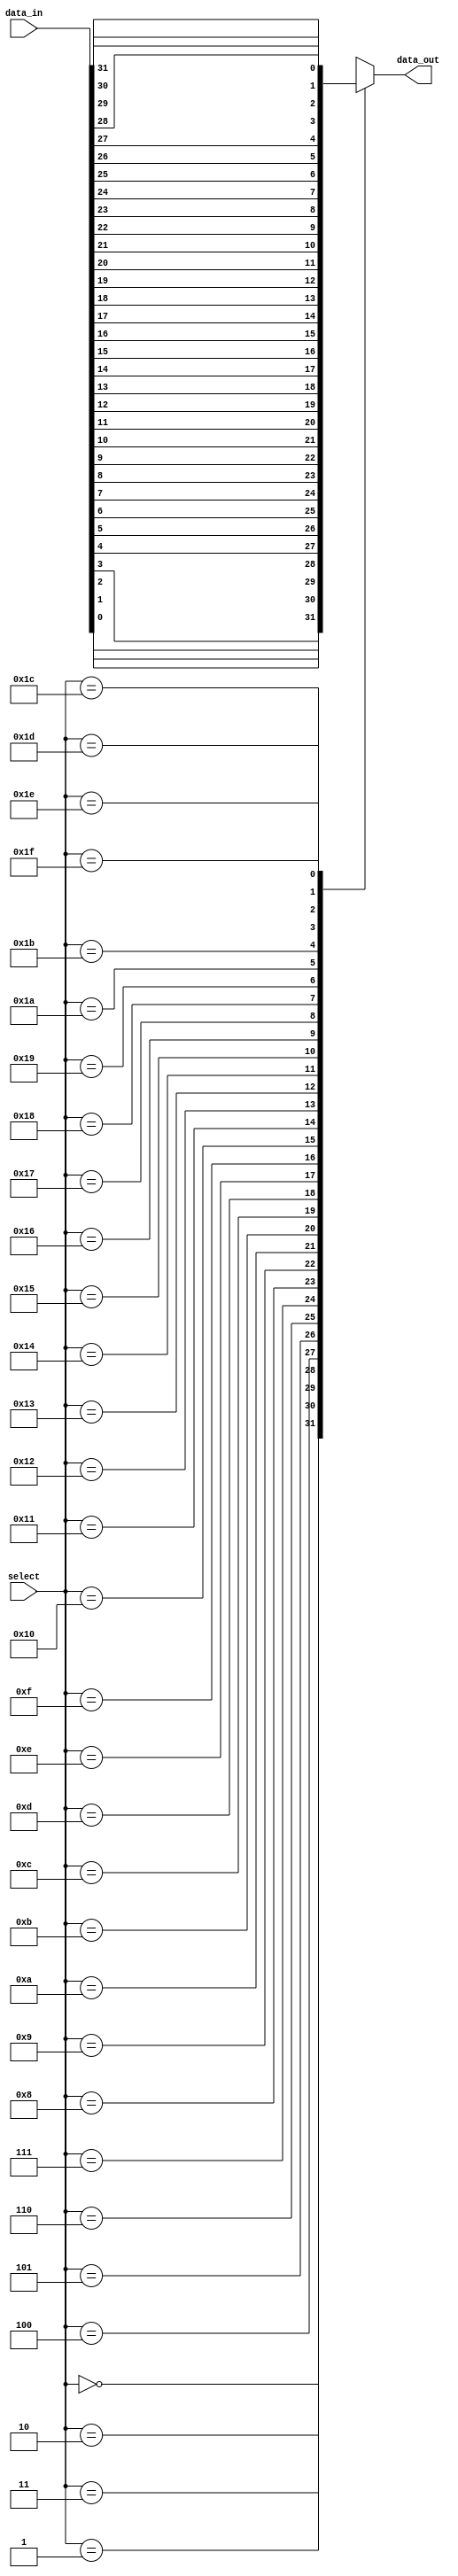
module mux_32to1(
    input [31:0] data_in,
    input [4:0] select,
    output reg data_out
);

always @(select or data_in)
begin
    case (select)
        5'b00000: data_out = data_in[0];
        5'b00001: data_out = data_in[1];
        5'b00010: data_out = data_in[2];
        5'b00011: data_out = data_in[3];
        5'b00100: data_out = data_in[4];
        5'b00101: data_out = data_in[5];
        5'b00110: data_out = data_in[6];
        5'b00111: data_out = data_in[7];
        5'b01000: data_out = data_in[8];
        5'b01001: data_out = data_in[9];
        5'b01010: data_out = data_in[10];
        5'b01011: data_out = data_in[11];
        5'b01100: data_out = data_in[12];
        5'b01101: data_out = data_in[13];
        5'b01110: data_out = data_in[14];
        5'b01111: data_out = data_in[15];
        5'b10000: data_out = data_in[16];
        5'b10001: data_out = data_in[17];
        5'b10010: data_out = data_in[18];
        5'b10011: data_out = data_in[19];
        5'b10100: data_out = data_in[20];
        5'b10101: data_out = data_in[21];
        5'b10110: data_out = data_in[22];
        5'b10111: data_out = data_in[23];
        5'b11000: data_out = data_in[24];
        5'b11001: data_out = data_in[25];
        5'b11010: data_out = data_in[26];
        5'b11011: data_out = data_in[27];
        5'b11100: data_out = data_in[28];
        5'b11101: data_out = data_in[29];
        5'b11110: data_out = data_in[30];
        5'b11111: data_out = data_in[31];
        default: data_out = 0; // Default value if select is out of range
    endcase
end

endmodule